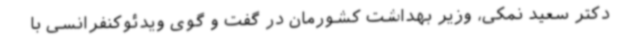
دکتر سعید نمکی، وزیر بهداشت کشورمان در گفت و گوی ویدئوکنفرانسی با